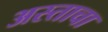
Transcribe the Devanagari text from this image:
अस्ताचा